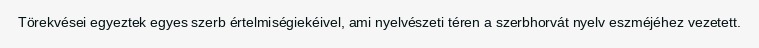
Törekvései egyeztek egyes szerb értelmiségiekéivel, ami nyelvészeti téren a szerbhorvát nyelv eszméjéhez vezetett.